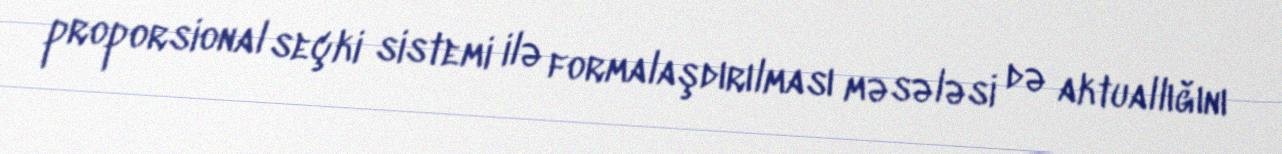
proporsional seçki sistemi ilə formalaşdırılması məsələsi də aktuallığını